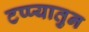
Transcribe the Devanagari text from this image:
टप्प्यातुन